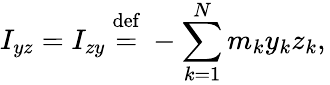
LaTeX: I_{yz}=I_{zy}\ {\stackrel{\mathrm{def}}{=}}\ -\sum_{k=1}^{N}m_{k}y_{k}z_{k},\,